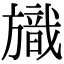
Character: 旘